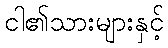
ငါ၏သားများနှင့်